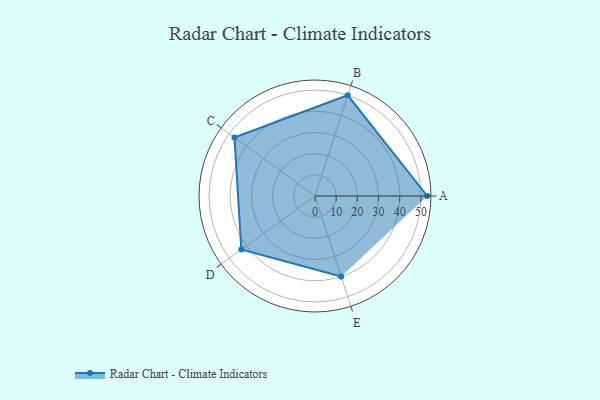
{"axis": {"x": "Skill", "y": "Score"}, "legend": ["Profile"], "data": [{"x": "A", "y": 53.0, "type": "Profile"}, {"x": "B", "y": 50.0, "type": "Profile"}, {"x": "C", "y": 47.0, "type": "Profile"}, {"x": "D", "y": 43.0, "type": "Profile"}, {"x": "E", "y": 40.0, "type": "Profile"}]}